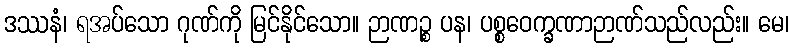
ဒဿနံ၊ ရအပ်သော ဂုဏ်ကို မြင်နိုင်သော။ ဉာဏဉ္စ ပန၊ ပစ္စဝေက္ခဏာဉာဏ်သည်လည်း။ မေ၊